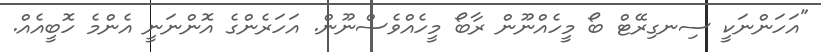
"އަހަންނަކީ ސިނގިރޭޓް ބޯ މީހެއްނޫން ރާބޯ މީހެއްވެސްނޫން. އަހަރެންގެ އޮންނަނީ އެންމެ ހޮބީއެއް.